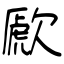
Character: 歋